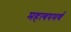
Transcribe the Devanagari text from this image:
महत्‍वपमर्ण